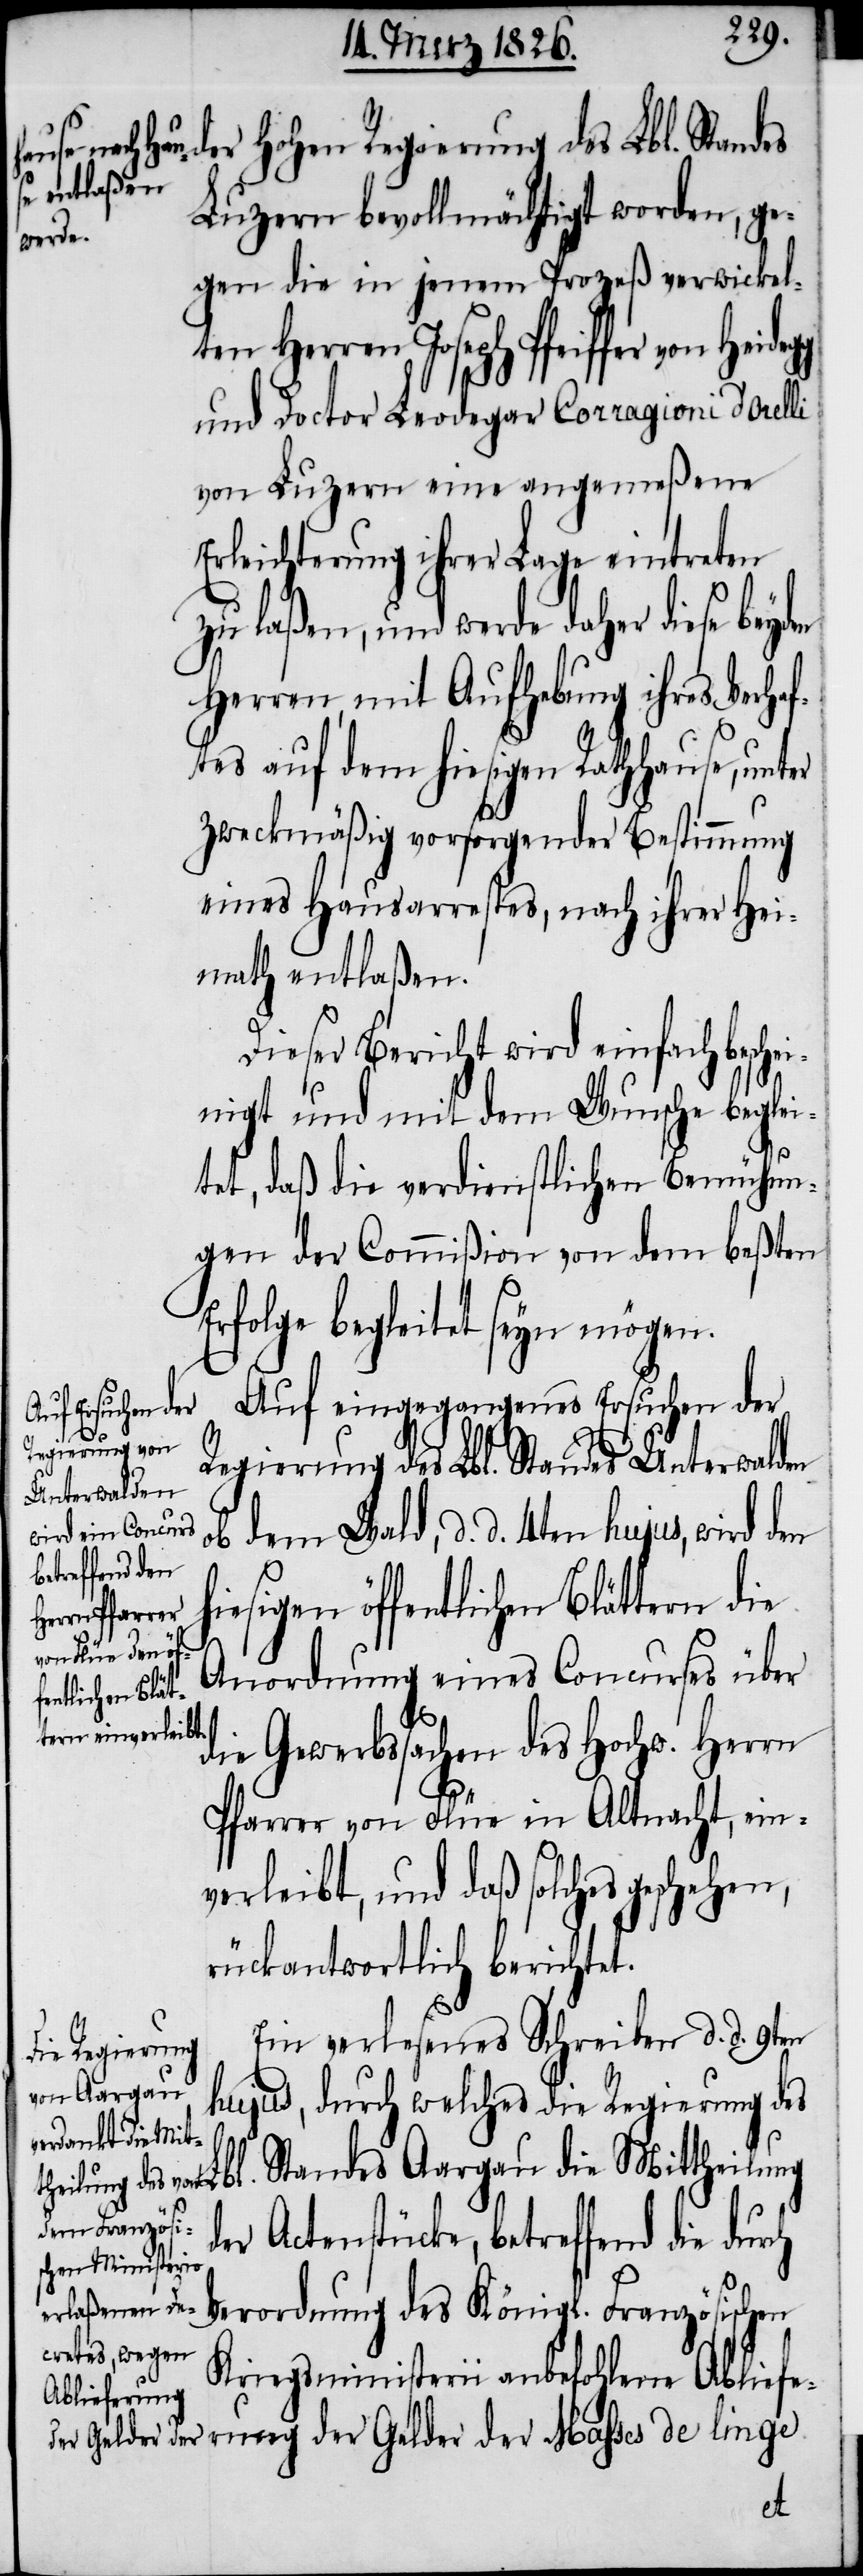
der hohen Regierung des Lbl. Standes
Luzern bevollmächtigt worden, ge¬
gen die in jenem Prozeß verwickelt¬
en Herrn Joseph Pfeiffer von
und Doctor Leodegar Corragioni d’Orelli
von Luzern eine angemeßene
Erleichterung ihrer Lage eintreten
zu laßen, und werde daher diese beyden
Herren, mit Aufhebung ihres Verhaf¬
tes auf dem hiesigen Rathhause, unter
zweckmäßig vorsorgender Bestimmung
eines Hausarrestes, nach ihrer Hei¬
math entlaßen.
Dieser Bericht wird einfach besche¬
inigt und mit dem Wunsche beglei¬
tet, daß die verdienstlichen Bemühun¬
gen der Commißion von dem beßten
Erfolge begleitet seyn mögen.
Auf eingegangenes Ersuchen der
Regierung des Lbl. Standes Unterwalden
ob dem Wald, d. d. 4ten hujus, wird den
Anordnung eines Concurses über
fentlichen Blät¬
die Gewerbssachen des Hochw. Herrn
Pfarrer von Flüe in Altnacht, ein¬
verleibt, und daß solches geschehen,
rückantwortlich berichtet.
Ein verlesenes Schreiben d. d. 9ten
hujus, durch welches die Regierung des
bl. Standes Aargau die Mittheilung
der Actenstücke, betreffend die dur¬
Verordnung des Königl. Französischen
Kriegsministerii anbefohlene Ablief¬
erung der Gelder der Masses de linge
ch